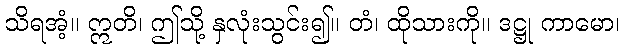
သိရအံ့။ ဣတိ၊ ဤသို့ နှလုံးသွင်း၍။ တံ၊ ထိုသားကို။ ဒဋ္ဌု ကာမော၊